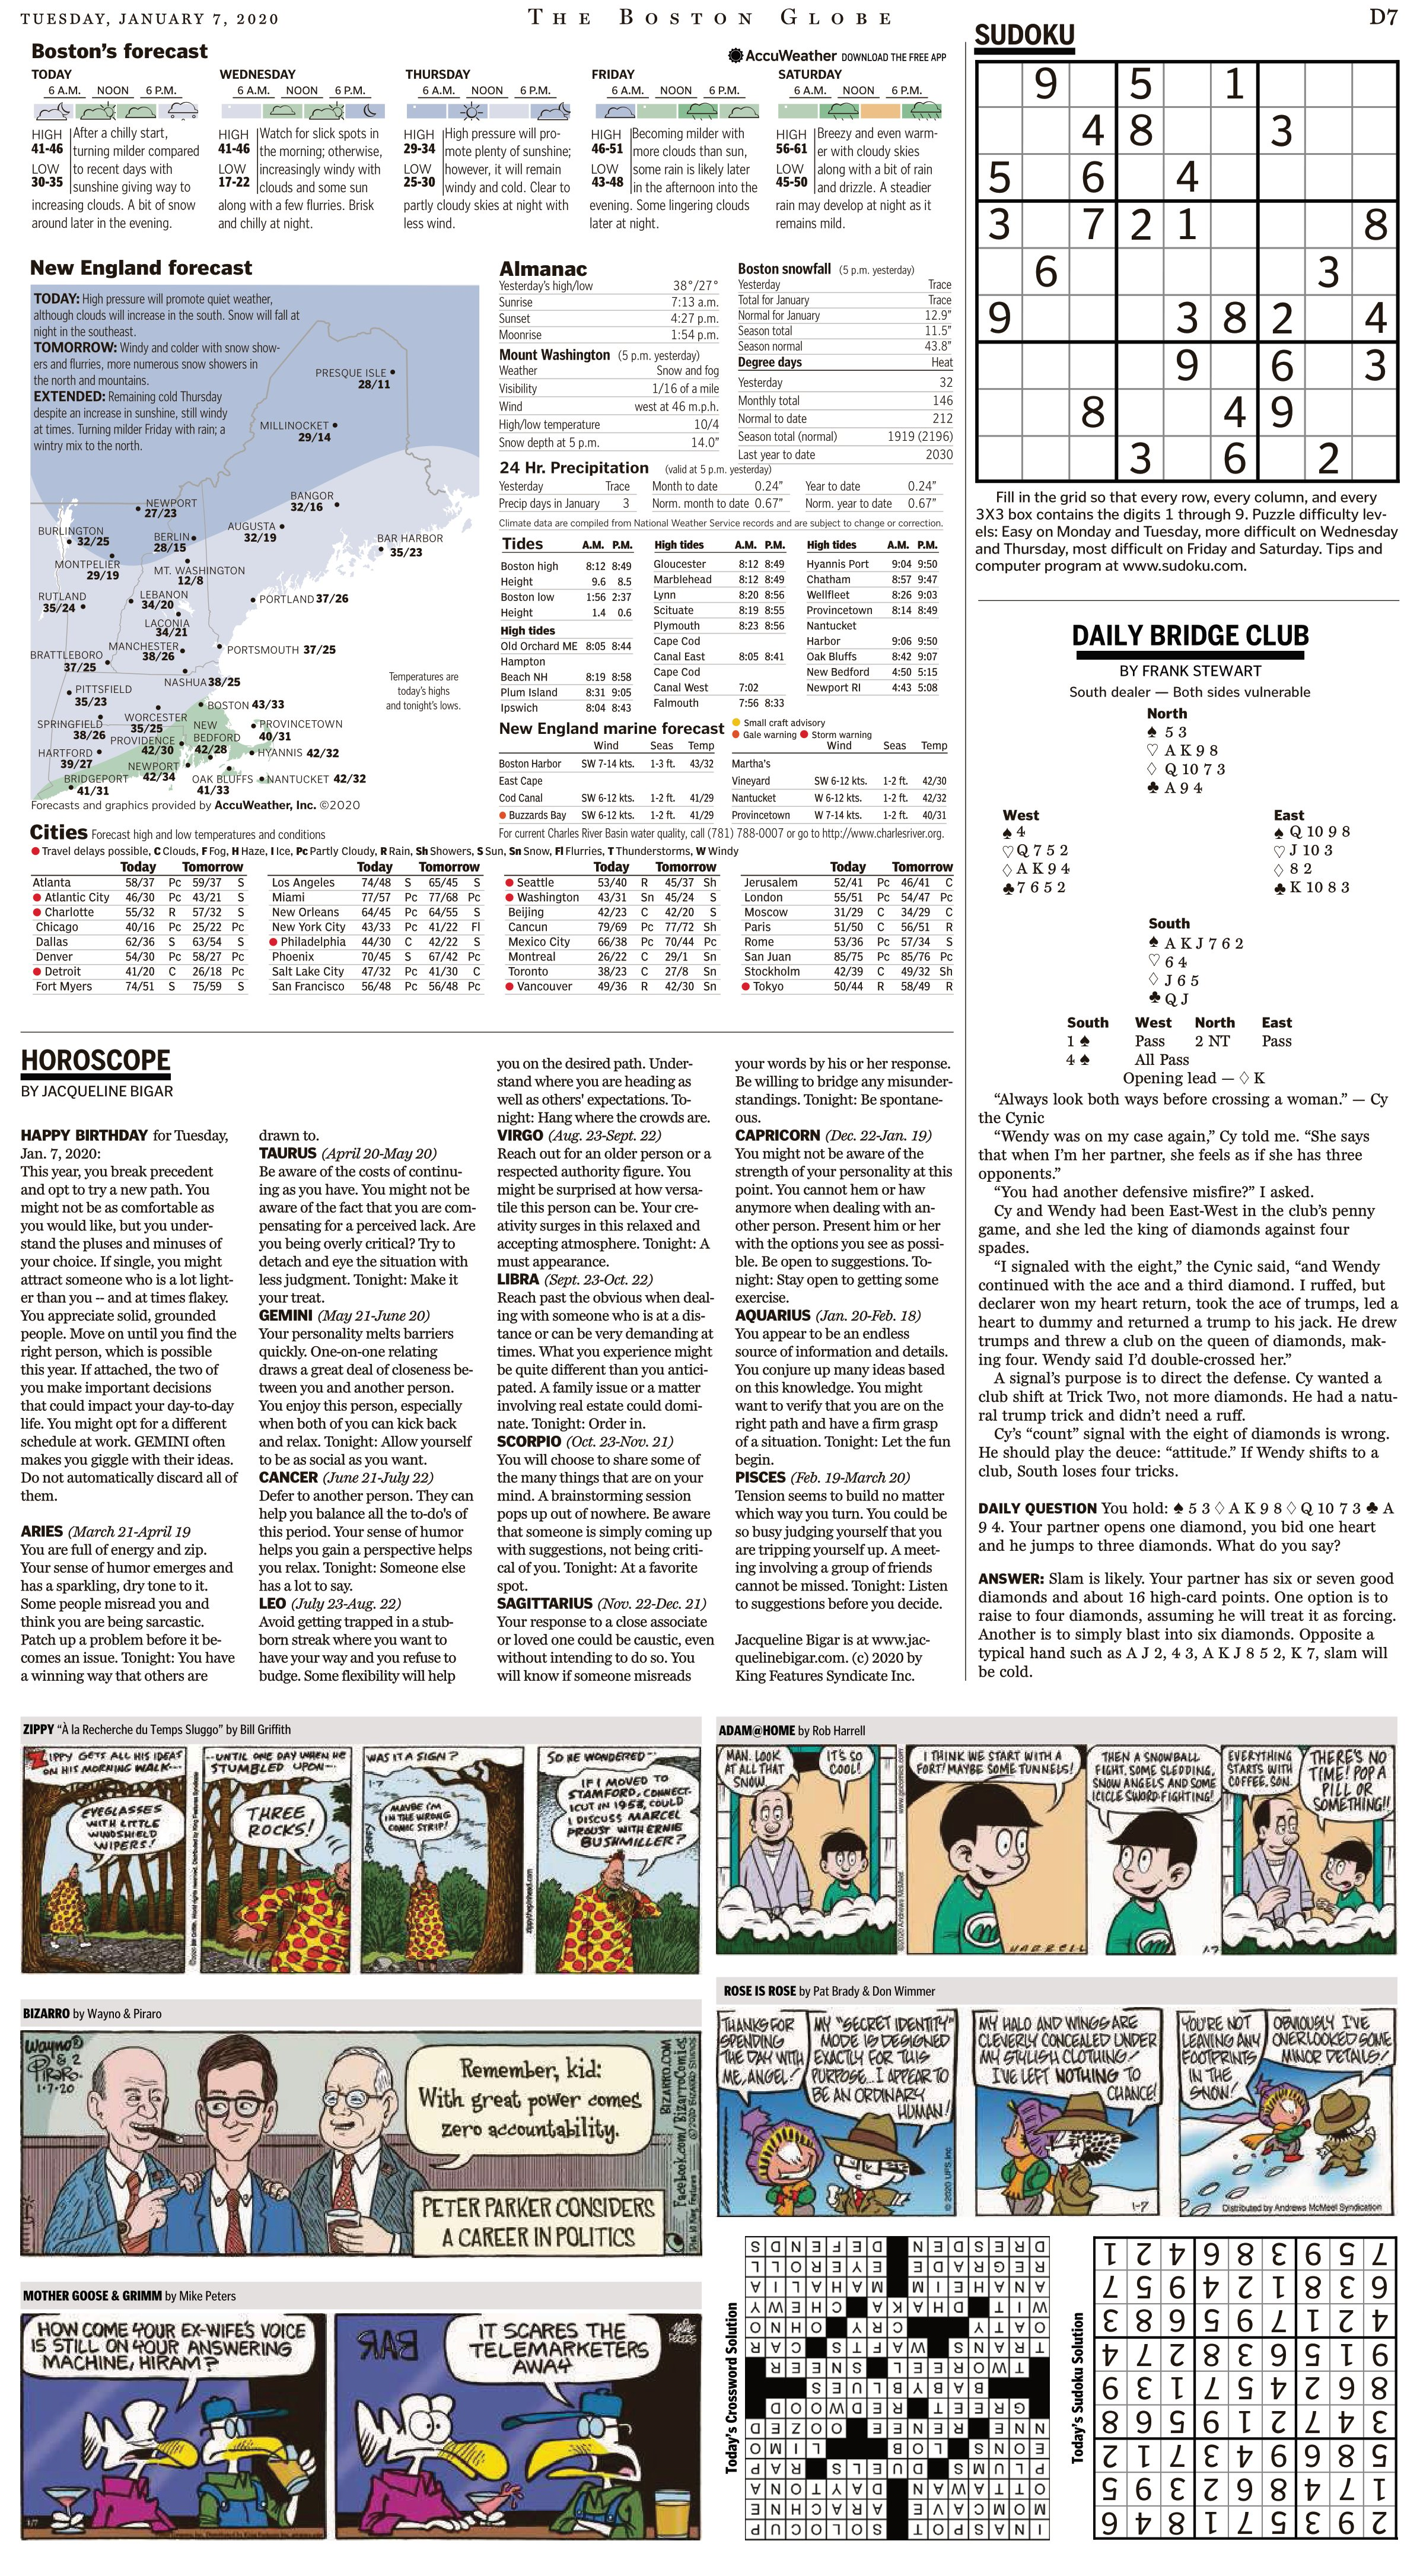
Language: en